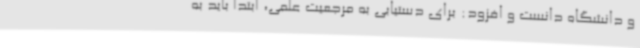
و دانشگاه دانست و افزود: برای دستیابی به مرجعیت علمی، ابتدا باید به